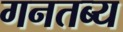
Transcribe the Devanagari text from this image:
गनतब्य